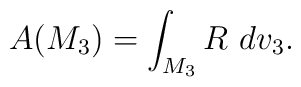
A(M_{3})= \int_{M_3}R~ dv_3 .